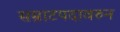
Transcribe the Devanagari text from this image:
सम्राटपदावरुन